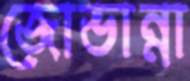
জোভান্না